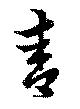
青